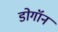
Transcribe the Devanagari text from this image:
डोगॉन